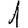
Digit: 1